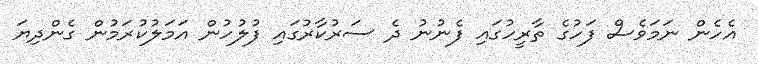
އެހެން ނަމަވެސް ފަހުގެ ތާރީހުގައި ފެނުނު ދެ ސަރުކާރުގައި ފުލުހުން އަމަލުކުރަމުން ގެންދިޔަ